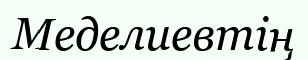
Меделиевтің